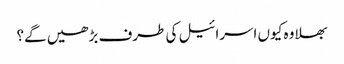
بھلا وہ کیوں اسرائیل کی طرف بڑھیں گے؟